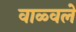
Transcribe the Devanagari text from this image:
वाळ्वले